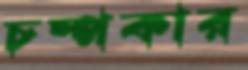
চম্পকার